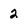
Character: 2